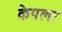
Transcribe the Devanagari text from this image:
केपला